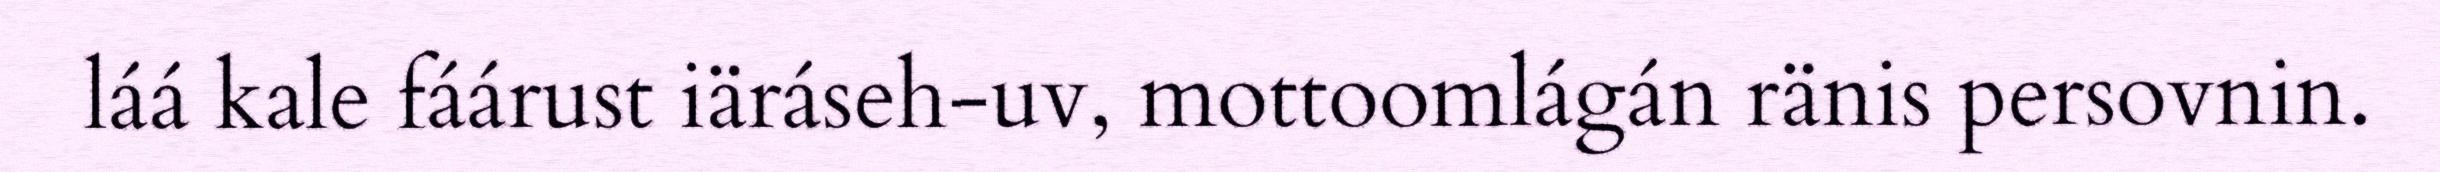
láá kale fáárust iäráseh-uv, mottoomlágán ränis persovnin.